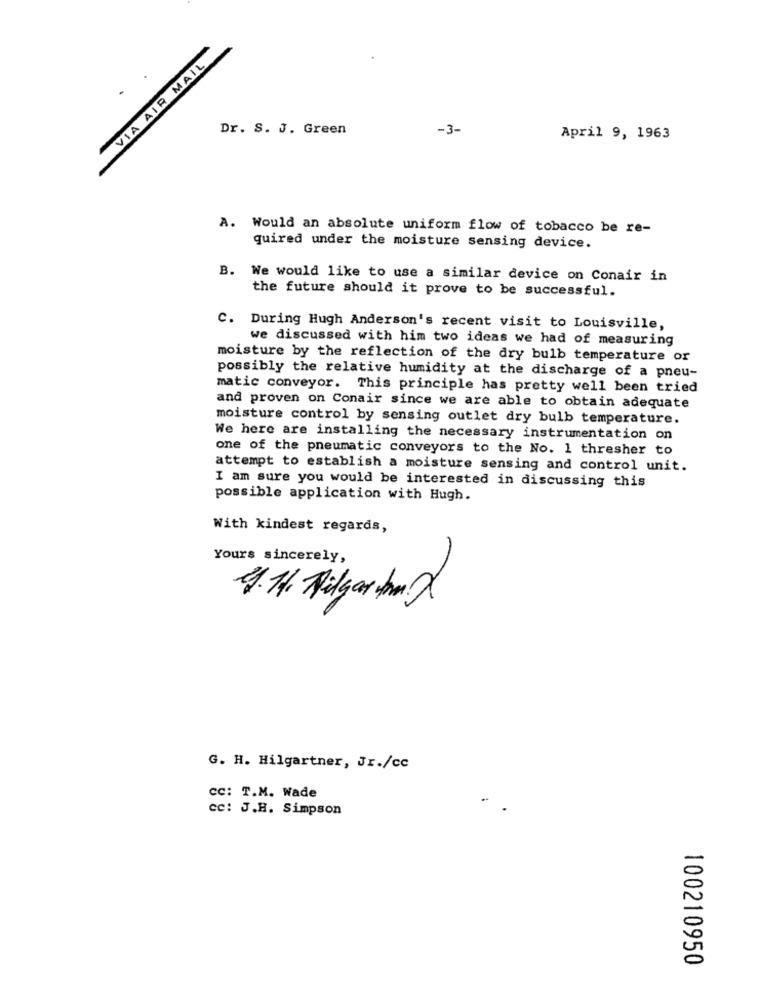
VIA AIR MAIL
Dr. S. J. Green
-3-
April 9, 1963
A. Would an absolute uniform flow of tobacco be re-
quired under the moisture sensing device.
B. We would like to use a similar device on Conair in
the future should it prove to be successful.
C. During Hugh Anderson's recent visit to Louisville,
we discussed with him two ideas we had of measuring
moisture by the reflection of the dry bulb temperature or
possibly the relative humidity at the discharge of a pneu-
matic conveyor. This principle has pretty well been tried
and proven on Conair since we are able to obtain adequate
moisture control by sensing outlet dry bulb temperature.
We here are installing the necessary instrumentation on
one of the pneumatic conveyors to the No. 1 thresher to
attempt to establish a moisture sensing and control unit.
I am sure you would be interested in discussing this
possible application with Hugh.
With kindest regards,
Yours sincerely,
4.11 Milyar mm X
G. H. Hilgartner, Jr./cc
cc: T.M. Wade
cc: J.H. Simpson
100210950